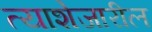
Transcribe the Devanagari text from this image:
त्याशेजारील